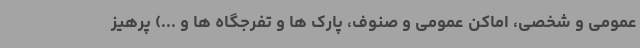
عمومی و شخصی، اماکن عمومی و صنوف، پارک ها و تفرجگاه ها و ...) پرهیز